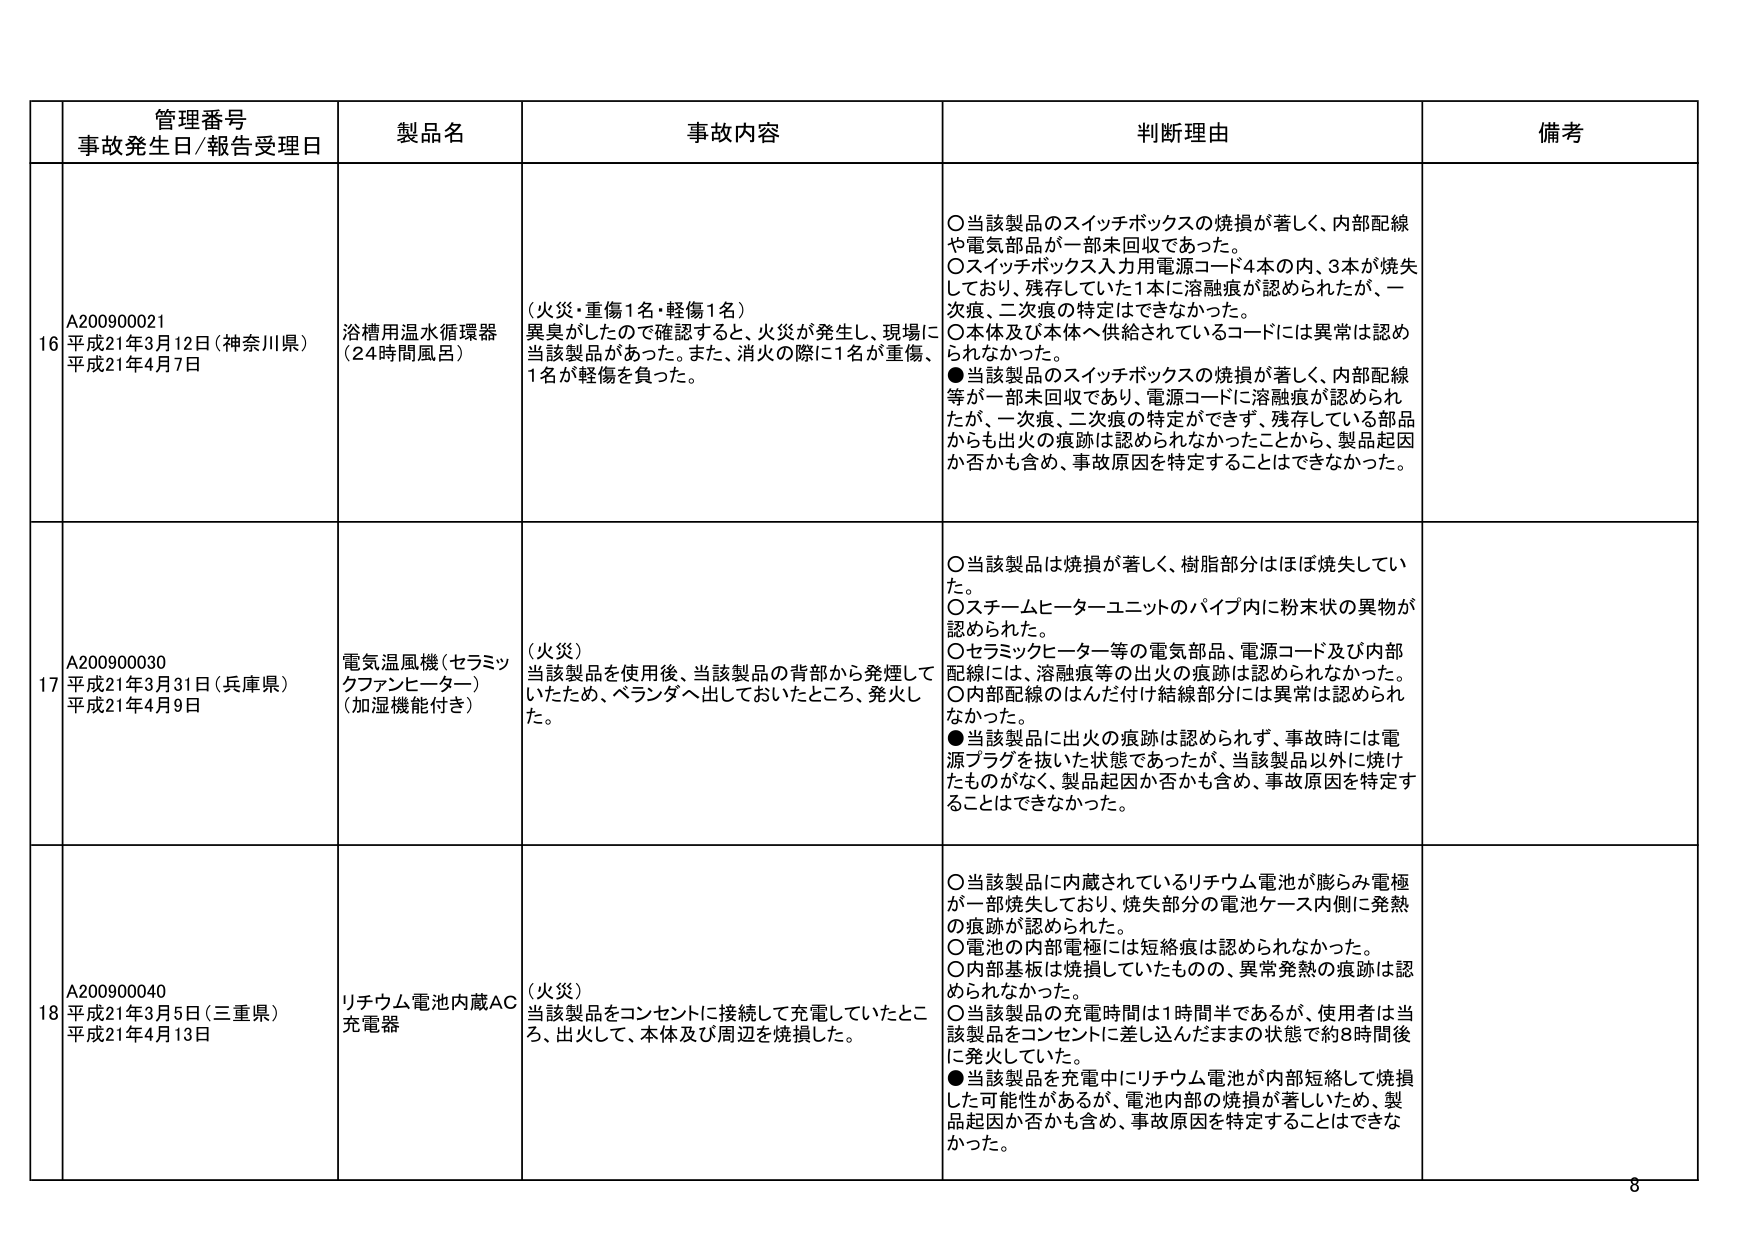
管理番号
事故発生日/報告受理日
製品名
事故内容
判断理由
備考

16
A200900021
平成21年3月12日（神奈川県）
平成21年4月7日
浴槽用温水循環器
（24時間風呂）
（火災・重傷1名・軽傷1名）
異臭がしたので確認すると、火災が発生し、現場に当該製品があった。また、消火の際に1名が重傷、1名が軽傷を負った。
○当該製品のスイッチボックスの焼損が著しく、内部配線や電気部品が一部未回収であった。
○スイッチボックス入力用電源コード4本の内、3本が焼失しており、残存していた1本に溶融痕が認められたが、一次痕、二次痕の特定はできなかった。
○本体及び本体へ供給されているコードには異常は認められなかった。
●当該製品のスイッチボックスの焼損が著しく、内部配線等が一部未回収であり、電源コードに溶融痕が認められたが、一次痕、二次痕の特定ができず、残存している部品からも出火の痕跡は認められなかったことから、製品起因か否かも含め、事故原因を特定することはできなかった。

17
A200900030
平成21年3月31日（兵庫県）
平成21年4月9日
電気温風機（セラミックファンヒーター）
（加湿機能付き）
（火災）
当該製品を使用後、当該製品の背部から発煙していたため、ベランダへ出しておいたところ、発火した。
○当該製品は焼損が著しく、樹脂部分はほぼ焼失していた。
○スチームヒーターユニットのパイプ内に粉末状の異物が認められた。
○セラミックヒーター等の電気部品、電源コード及び内部配線には、溶融痕等の出火の痕跡は認められなかった。
○内部配線のほんだ付け結線部分には異常は認められなかった。
●当該製品に出火の痕跡は認められず、事故時には電源プラグを抜いた状態であったが、当該製品以外に焼けたものがなく、製品起因か否かも含め、事故原因を特定することはできなかった。

18
A200900040
平成21年3月5日（三重県）
平成21年4月13日
リチウム電池内蔵AC充電器
（火災）
当該製品をコンセントに接続して充電していたところ、出火して、本体及び周辺を焼損した。
○当該製品に内蔵されているリチウム電池が膨らみ電極が一部焼失しており、焼失部分の電池ケース内側に発熱の痕跡が認められた。
○電池の内部電極には短絡痕は認められなかった。
○内部基板は焼損していたものの、異常発熱の痕跡は認められなかった。
○当該製品の充電時間は1時間半であるが、使用者は当該製品をコンセントに差し込んだままの状態で約8時間後に発火していた。
●当該製品を充電中にリチウム電池が内部短絡して焼損した可能性があるが、電池内部の焼損が著しいため、製品起因か否かも含め、事故原因を特定することはできなかった。

8